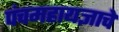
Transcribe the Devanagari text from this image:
पंचमहायज्ञाचे